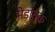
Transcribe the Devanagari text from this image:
मेड़ांतक